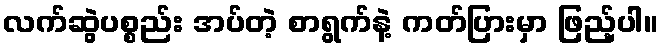
လက်ဆွဲပစ္စည်း အပ်တဲ့ စာရွက်နဲ့ ကတ်ပြားမှာ ဖြည့်ပါ။